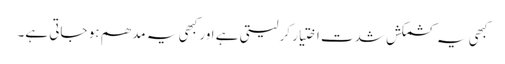
کبھی یہ کشمکش شدت اختیار کر لیتی ہے اور کبھی یہ مدھم ہو جاتی ہے۔